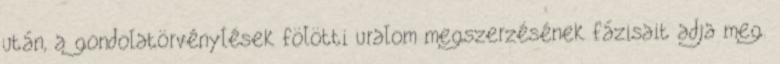
után, a gondolatörvénylések fölötti uralom megszerzésének fázisait adja meg.